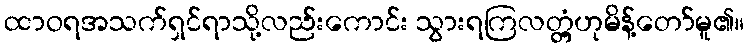
ထာဝရအသက်ရှင်ရာသို့လည်းကောင်း သွားရကြလတ္တံ့ဟုမိန့်တော်မူ၏။